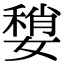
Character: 𡡏